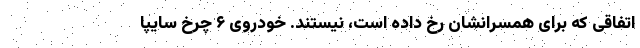
اتفاقی که برای همسرانشان رخ داده‌ است، نیستند. خودروی ۶ چرخ سایپا